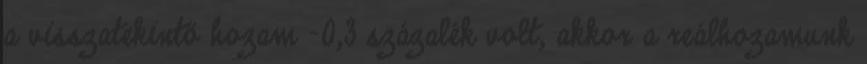
a visszatekintő hozam -0,3 százalék volt, akkor a reálhozamunk